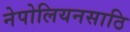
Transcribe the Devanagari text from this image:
नेपोलियनसाठि